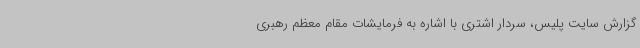
گزارش سایت پلیس، سردار اشتری با اشاره به فرمایشات مقام معظم رهبری